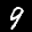
Label: 9